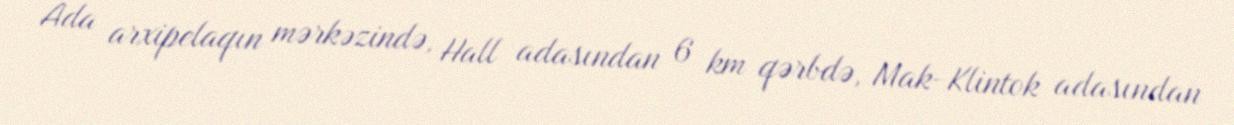
Ada arxipelaqın mərkəzində, Hall adasından 6 km qərbdə, Mak-Klintok adasından